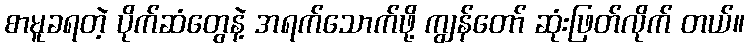
စာမူခရတဲ့ ပိုက်ဆံတွေနဲ့ အရက်သောက်ဖို့ ကျွန်တော် ဆုံးဖြတ်လိုက် တယ်။